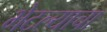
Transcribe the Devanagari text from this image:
भेटल्याचा